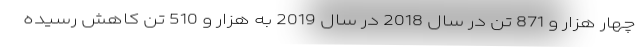
چهار هزار و 871 تن در سال 2018 در سال 2019 به هزار و 510 تن کاهش رسیده